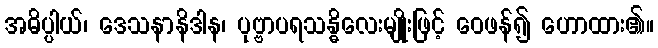
အဓိပ္ပါယ်၊ ဒေသနာနိဒါန၊ ပုဗ္ဗာပရသန္ဓိလေးမျိုးဖြင့် ဝေဖန်၍ ဟောထား၏။